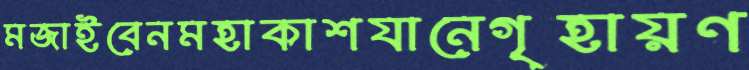
মজাইবেনমহাকাশযানেগৃহায়ণ